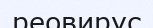
реовирус